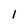
Character: 1